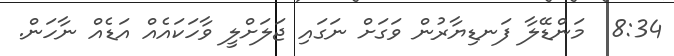
8:34  މަންޑޭލާ ފަނޑިޔާރުން ވަގަށް ނަގައި ޖަލަށްލީ ވާހަކައެއް އަޑެއް ނާހަން.